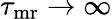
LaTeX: \tau_{{\mathrm{mr}}}\to\infty